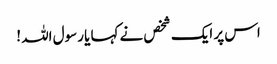
اس پر ایک شخص نے کہا یا رسول اللہ !